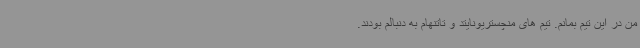
من در این تیم بمانم. تیم های منچستریونایتد و تاتنهام به دنبالم بودند.